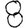
Digit: 8